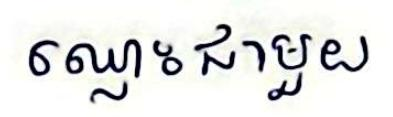
ឈ្លោះជាមួយ